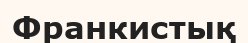
Франкистық